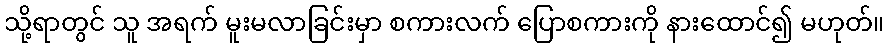
သို့ရာတွင် သူ အရက် မူးမလာခြင်းမှာ စကားလက် ပြောစကားကို နားထောင်၍ မဟုတ်။